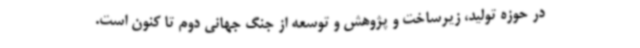
در حوزه تولید، زیرساخت و پژوهش و توسعه از جنگ جهانی دوم تا کنون است.